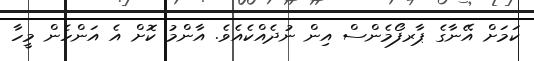
ކަމަށް އޭނާގެ ޕާރފޯމެންސް އިން ނުދެއްކެއެވެ. އާންމު ކޮށް އެ އަންހެން މީހާ